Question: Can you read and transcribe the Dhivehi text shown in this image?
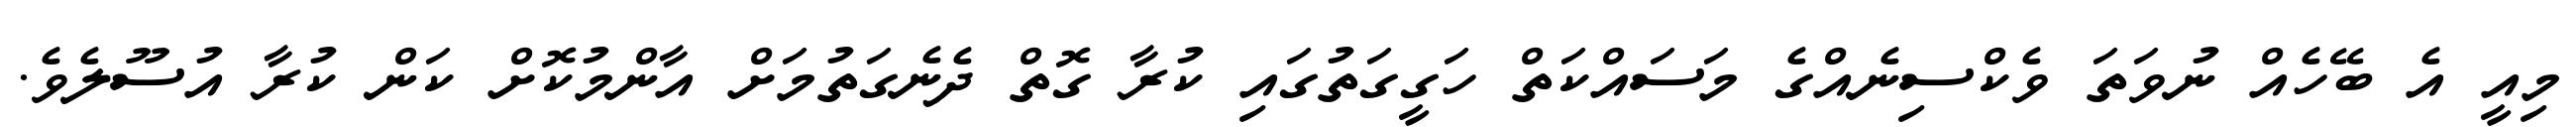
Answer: މިއީ އެ ބޭހެއް ނުވަތަ ވެކްސިނެއްގެ މަސައްކަތް ހަގީގަތުގައި ކުރާ ގޮތް ދެނެގަތުމަށް އާންމުކޮށް ކަން ކުރާ އުސޫލެވެ.